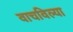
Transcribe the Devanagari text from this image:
वाचविल्या